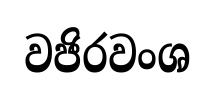
වජිරවංශ